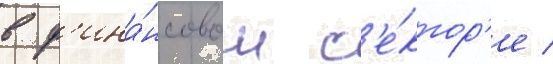
в ф'ина́нсовом с'е́ктор'е /